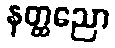
နတ္ထညော